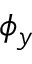
\phi _ { y }